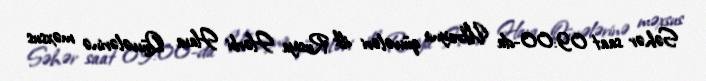
Səhər saat 09:00-da Ukrayna qüvvələri ilk Rusiya Hərbi Hava Qüvvələrinə məxsus